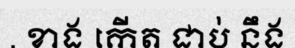
. ខាង កើត ជាប់ នឹង